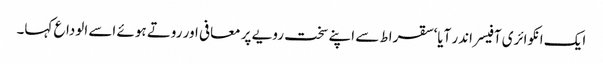
ایک انکوائری آفیسر اندر آیا‘ سقراط سے اپنے سخت رویے پر معافی اور روتے ہوئے اسے الوداع کہا۔